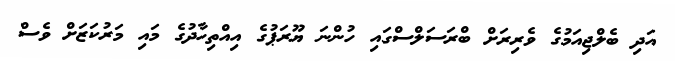
އަދި ބެލްޖިއަމުގެ ވެރިރަށް ބްރަސަލްސްގައި ހުންނަ ޔޫރަޕުގެ އިއްތިހާދުގެ މައި މަރުކަޒަށް ވެސް